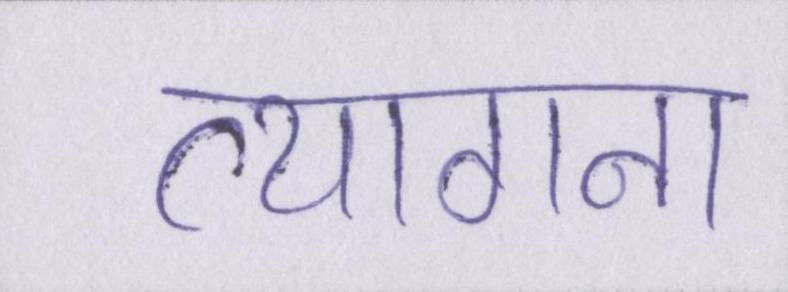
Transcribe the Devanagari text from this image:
त्यागना